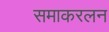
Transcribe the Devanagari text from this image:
समाकरलन